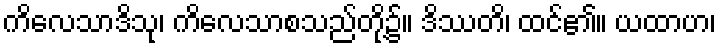
ကိလေသာဒိသု၊ ကိလေသာစသည်တို့၌။ ဒိဿတိ၊ ထင်၏။ ယထာဟ၊